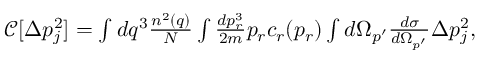
\begin{array} { r } { \mathcal { C } [ \Delta p _ { j } ^ { 2 } ] = \int d q ^ { 3 } \frac { n ^ { 2 } ( q ) } { N } \int \frac { d p _ { r } ^ { 3 } } { 2 m } p _ { r } c _ { r } ( p _ { r } ) \int d \Omega _ { p ^ { \prime } } \frac { d \sigma } { d \Omega _ { p ^ { \prime } } } \Delta p _ { j } ^ { 2 } , } \end{array}